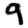
Digit: 9